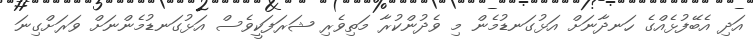
އަދި އެބޭފުޅެއްގެ ހަނދާނަށް އަޅުގަނޑުމެން މި ވެދުންކުރާ މަތިވެރި ޝަރަފަކީވެސް އަޅުގަނޑުމެންނަށް ވަރަށްގިނަ